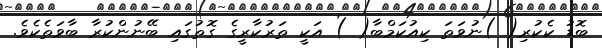
ބޮޑު ކެކުރި( )ނުވަތަ ކިއުކަމްބާ( ) އަކީ ތަރުކާރީގެ ގޮތުގައި ބޭނުންކުރާ ބާވަތެކެވެ.